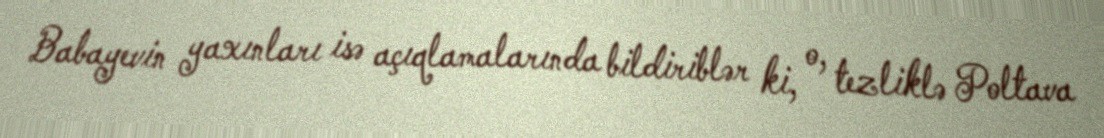
Babayevin yaxınları isə açıqlamalarında bildiriblər ki, o, tezliklə Poltava